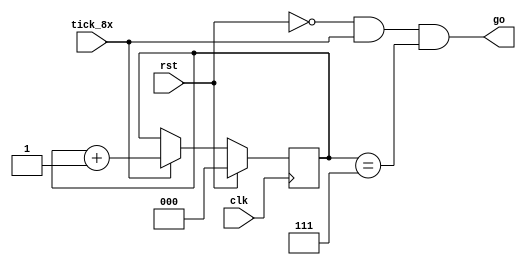
module clk_div_5(
    input clk,
    input tick_8x,
    input rst,
    output go
    );
    parameter RESET_TYPE = 0; 
    reg [2:0] clk_div = 0;
    always @ (posedge clk) begin
        if (rst) begin
            if (RESET_TYPE == 0) begin
                clk_div <= 0;
            end else begin
                clk_div <= 4;
            end
        end else if (tick_8x) begin 
            clk_div <= clk_div + 1;
        end
    end
    assign go = !rst & tick_8x & clk_div == 3'b111;
endmodule